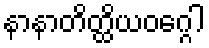
နာနာတိတ္ထိယဝဂ္ဂေါ